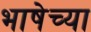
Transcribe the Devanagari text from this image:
भाषेच्‍या